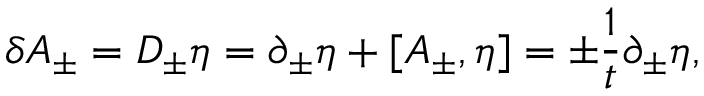
\delta A _ { \pm } = D _ { \pm } \eta = \partial _ { \pm } \eta + [ A _ { \pm } , \eta ] = \pm { \frac { 1 } { t } } \partial _ { \pm } \eta ,